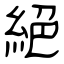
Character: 絕